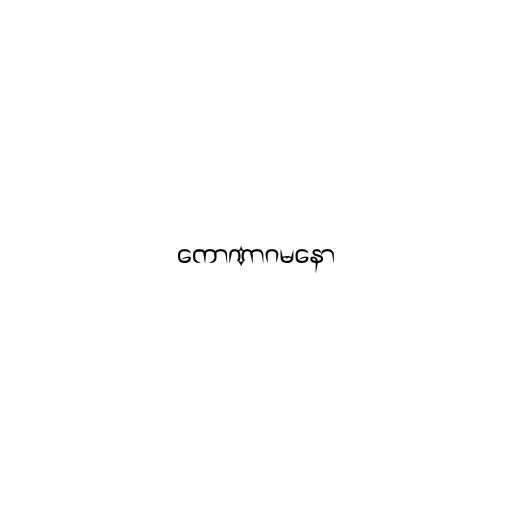
ကောဏာဂမနော